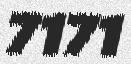
7171